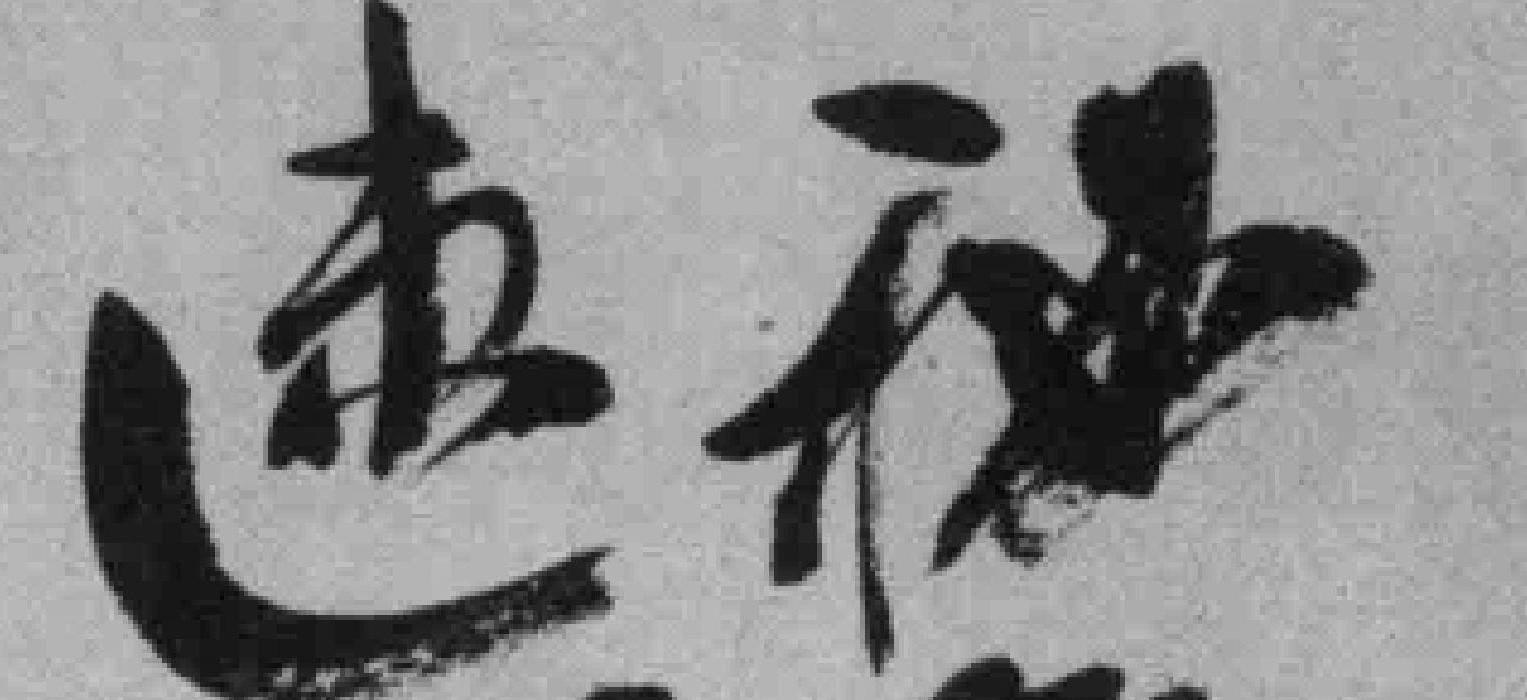
速*